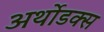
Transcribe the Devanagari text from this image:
अर्थोडक्स